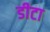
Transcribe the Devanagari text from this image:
डीटा